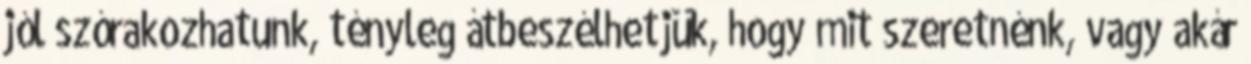
jól szórakozhatunk, tényleg átbeszélhetjük, hogy mit szeretnénk, vagy akár